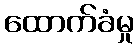
ထောက်ခံမှု